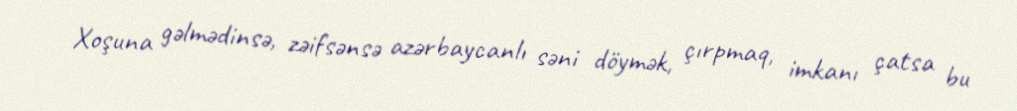
Xoşuna gəlmədinsə, zəifsənsə azərbaycanlı səni döymək, çırpmaq, imkanı çatsa bu